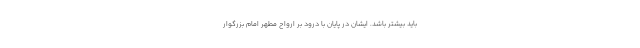
باید بیشتر باشد. ایشان در پایان با درود بر ارواح مطهر امام بزرگوار